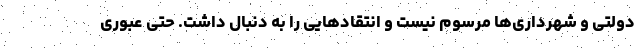
دولتی و شهرداری‌ها مرسوم نیست و انتقادهایی را به دنبال داشت. حتی عبوری